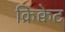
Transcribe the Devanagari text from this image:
क्रिक्वेट